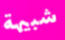
شبيهة